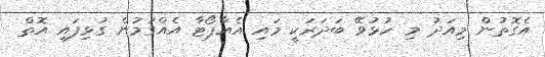
އެގޮތުން މިއަދު މި ހުޅުވޭ ބަދަރަކީ މައި އެއާޕޯޓާ އެއްގަމުން ގުޅިފައި އޮތް